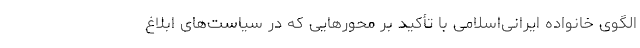
الگوی خانواده ایرانی‌اسلامی با تأکید بر محورهایی که در سیاست‌های ابلاغ